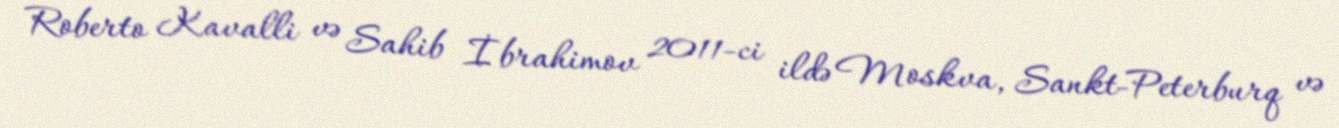
Roberto Kavalli və Sahib İbrahimov 2011-ci ildə Moskva, Sankt-Peterburq və